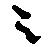
ニ